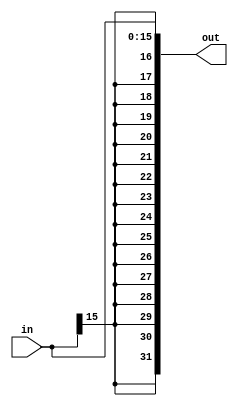
module SignExtend(out, in);
	input [15:0] in;
	output [31:0] out;
	assign out = {{16{in[15]}}, in};
endmodule